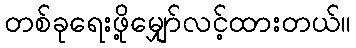
တစ်ခုရေးဖို့မျှော်လင့်ထားတယ်။